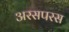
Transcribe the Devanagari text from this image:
अरसपरस